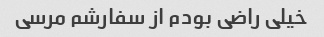
خیلی راضی بودم از سفارشم مرسی